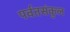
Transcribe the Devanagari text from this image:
पर्वतसंकुल